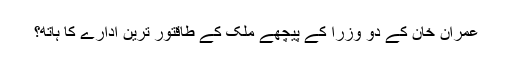
عمران خان کے دو وزرا کے پیچھے ملک کے طاقتور ترین ادارے کا ہاتھ؟